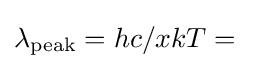
\lambda _{\mathrm {peak} }=hc/xkT=\;